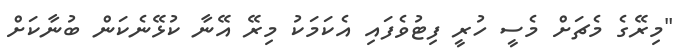
"މިރޭގެ މެޗަށް މެސީ ހުރީ ފިޓުވެފައި އެކަމަކު މިރޭ އޭނާ ކުޅޭނެކަން ބުނާކަށް